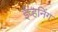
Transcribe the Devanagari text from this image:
ईव्हनिंग